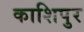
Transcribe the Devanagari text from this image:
काशिपुर